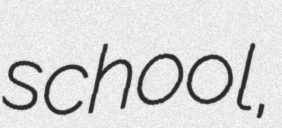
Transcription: school,